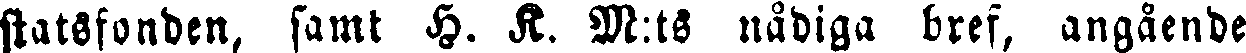
statsfonden, samt H. K. M:ts nådiga bref, angående